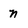
Character: n